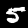
Digit: 5